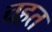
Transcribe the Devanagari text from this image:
चहत